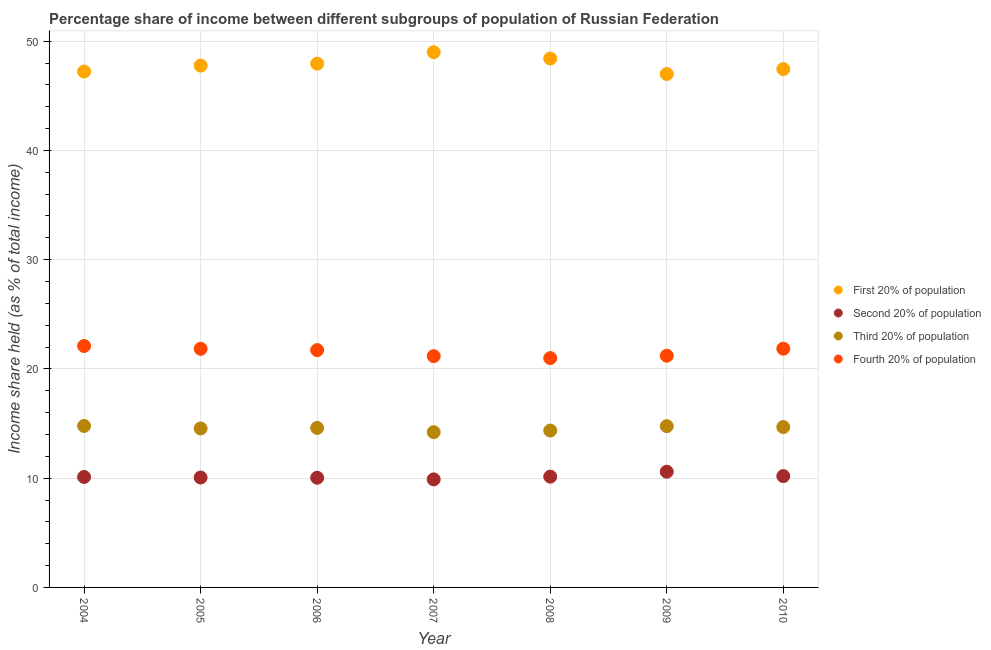
| Year | First 20% of population | Second 20% of population | Third 20% of population | Fourth 20% of population |
 | --- | --- | --- | --- | --- |
 | 2004 | 47.2 | 10.1 | 14.8 | 22.1 |
 | 2005 | 47.8 | 10.1 | 14.6 | 21.8 |
 | 2006 | 47.9 | 10 | 14.6 | 21.7 |
 | 2007 | 49 | 9.89 | 14.2 | 21.2 |
 | 2008 | 48.4 | 10.1 | 14.4 | 21 |
 | 2009 | 47 | 10.6 | 14.8 | 21.2 |
 | 2010 | 47.4 | 10.2 | 14.7 | 21.9 |